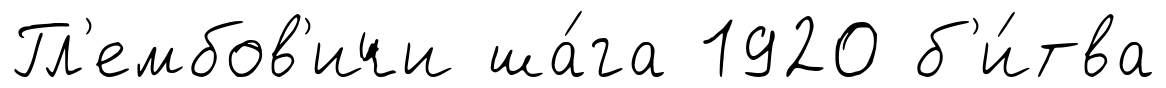
Гл'ембов'ичи ша́га 1920 б'и́тва